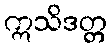
ဣသိဒတ္တ